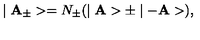
\mid { \bf A _ { \pm } } > = N _ { \pm } ( \mid { \bf A } > \pm \mid - { \bf A } > ) ,